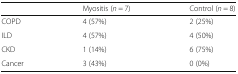
|  | Myositis (n = 7) | Control (n = 8) |
 | --- | --- | --- |
 | COPD | 4 (57%) | 2 (25%) |
 | ILD | 4 (57%) | 4 (50%) |
 | CKD | 1 (14%) | 6 (75%) |
 | Cancer | 3 (43%) | 0 (0%) |